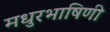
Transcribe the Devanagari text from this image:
मधुरभाषिणी